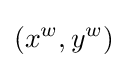
(x^{w},y^{w})